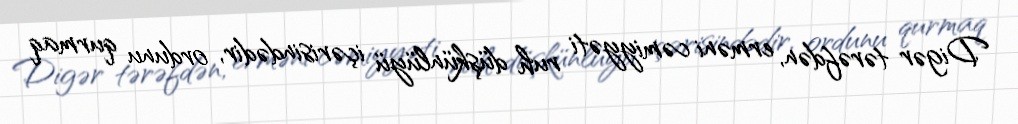
Digər tərəfdən, erməni cəmiyyəti ruh düşkünlüyü içərisindədir, ordunu qurmaq